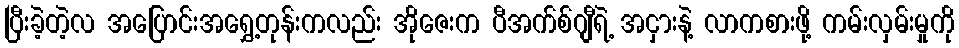
ပြီးခဲ့တဲ့လ အပြောင်းအရွှေ့တုန်းကလည်း အိုဇေးက ပီအက်စ်ဂျီရဲ့ အငှားနဲ့ လာကစားဖို့ ကမ်းလှမ်းမှုကို